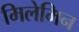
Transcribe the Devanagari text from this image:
मिलेमिन